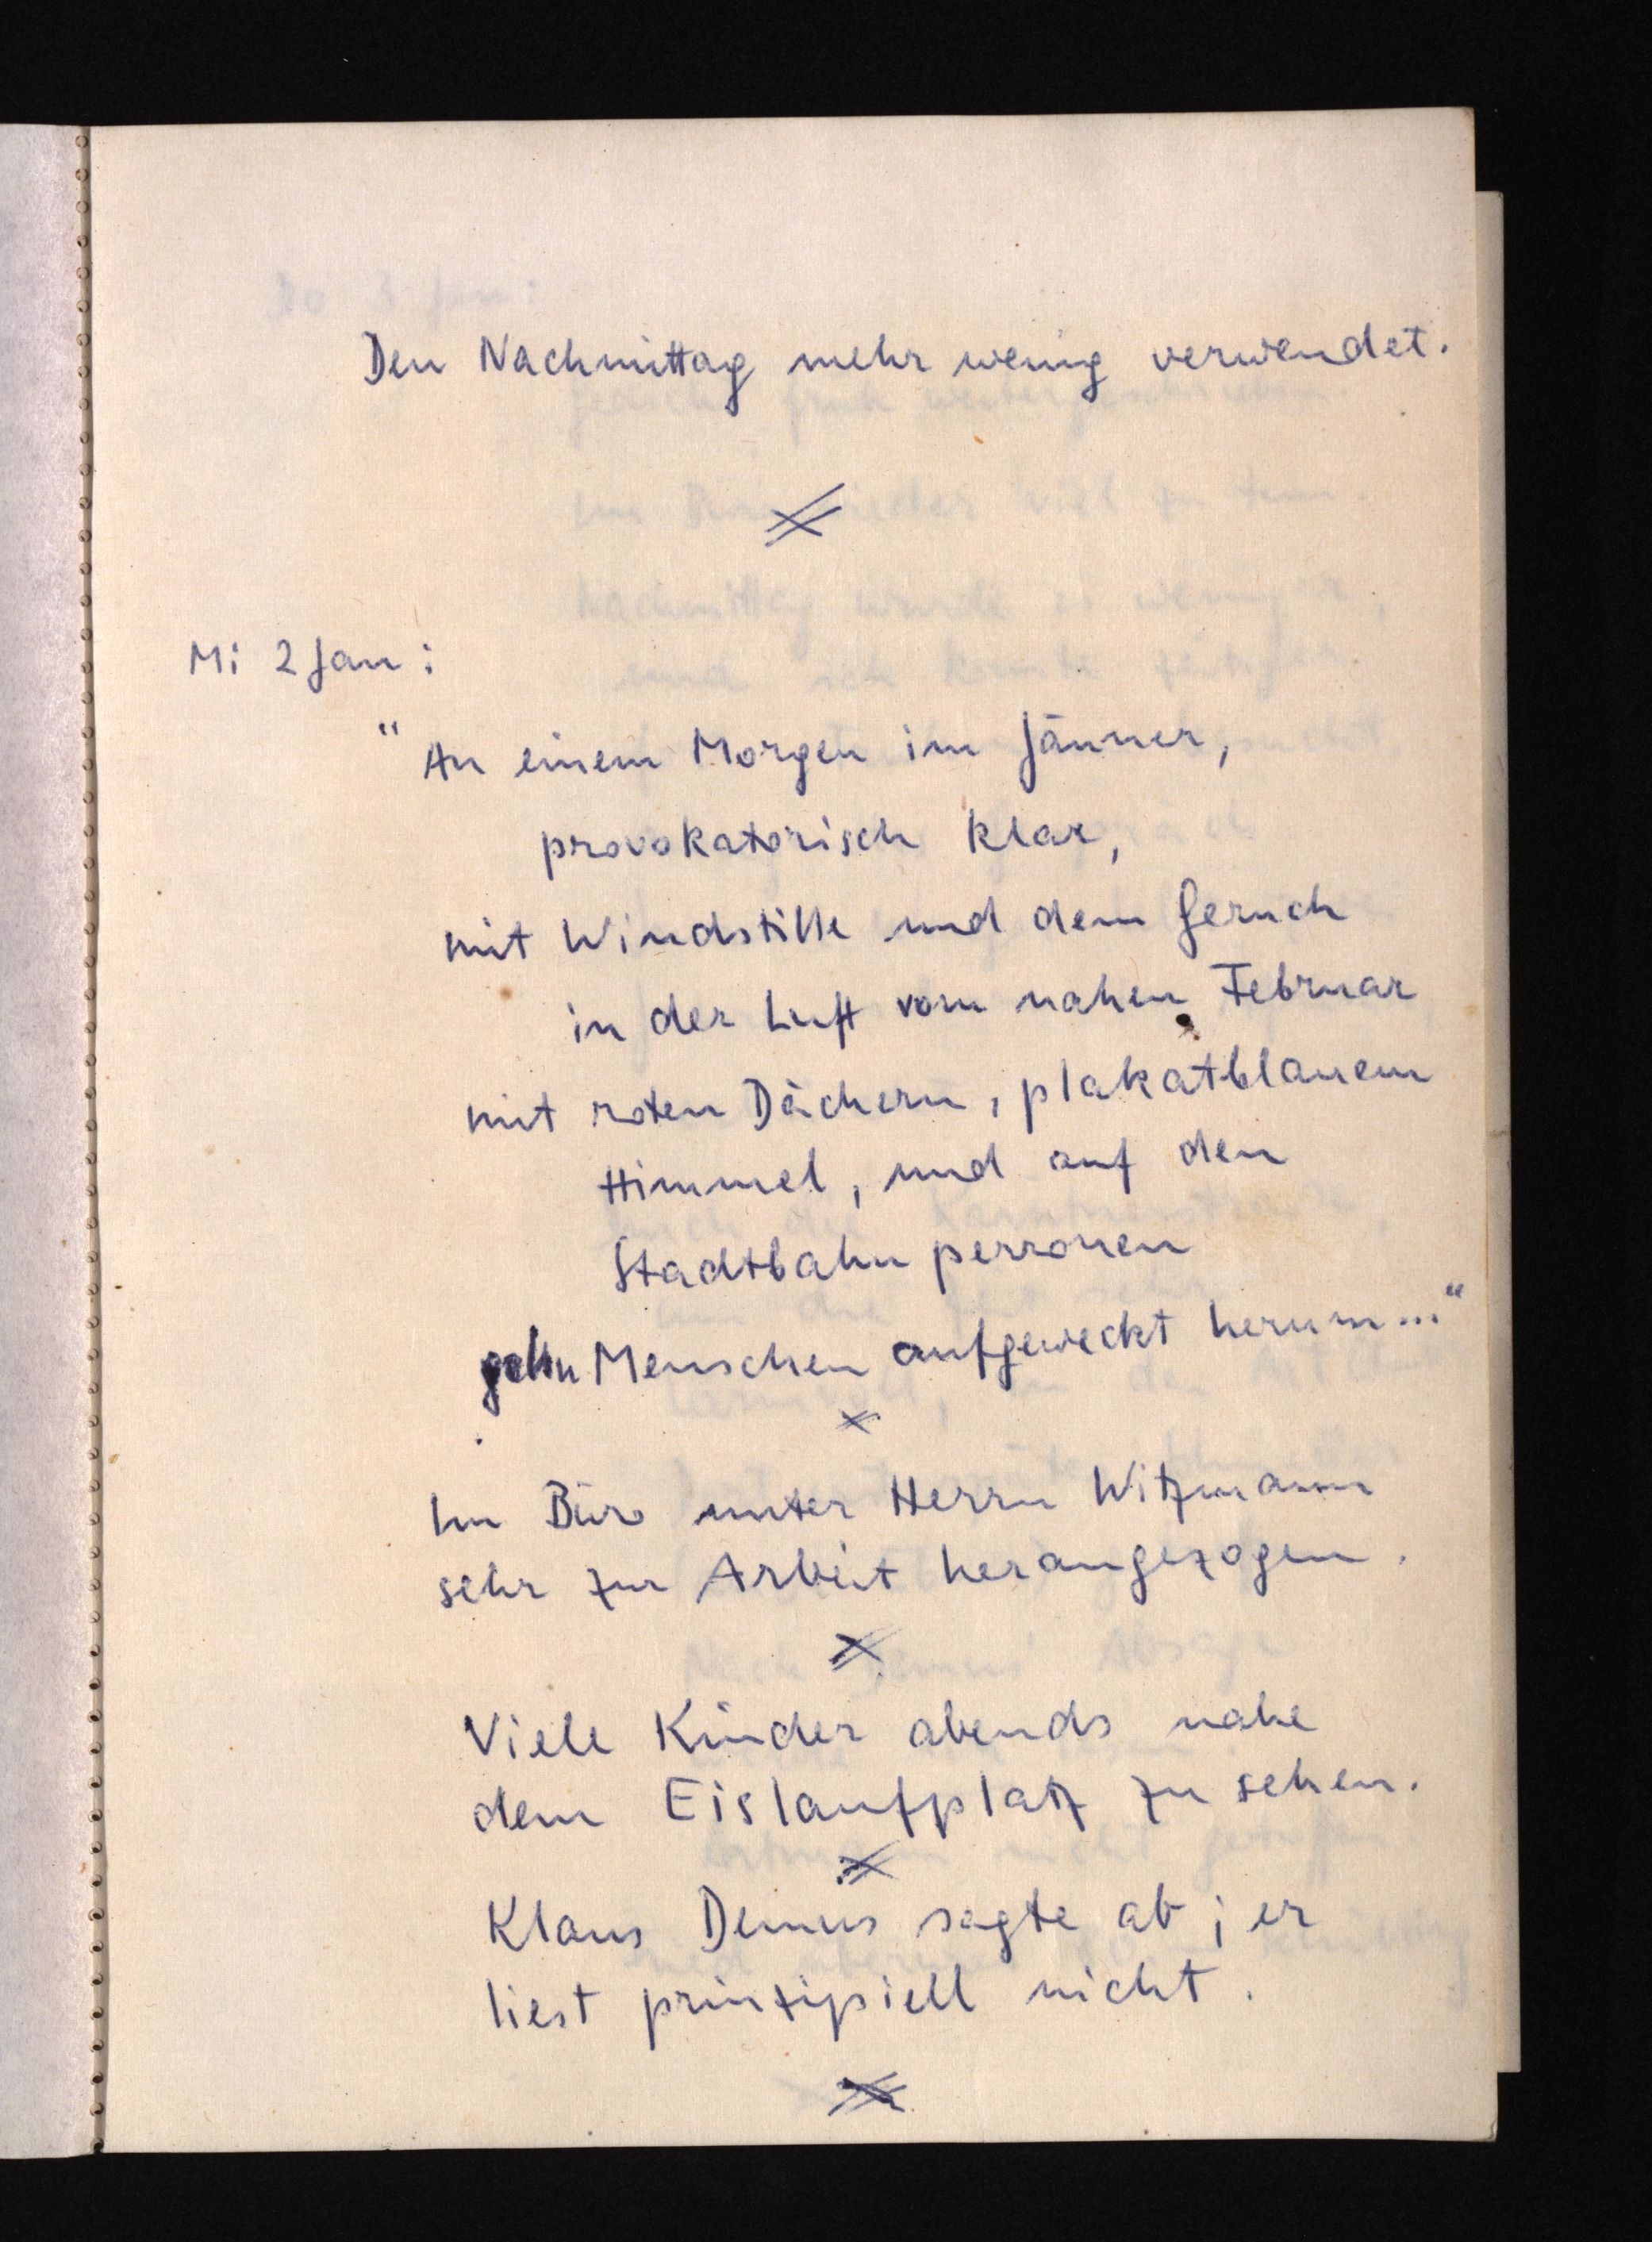
Den Nachmittag mehr wenig verwendet.
Mi 2 Jan:
"An einem Morgen im Jänner,
provokatorisch klar,
mit Windstille und dem Geruch
in der Luft vom nahen Februar
mit roten Dächern, plakatblauem
Himmel, und auf den
Stadtbahnperronen
gehn Menschen aufgeweckt herum ...
Im Büro unter Herrn Witzmann
sehr zur Arbeit herangezogen.
Viele Kinder abends nahe
dem Eislaufplatz zu sehen.
Klaus Demus sagte ab; er
liest prinzipiell nicht.